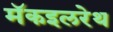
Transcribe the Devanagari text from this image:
मॅकइलरेथ